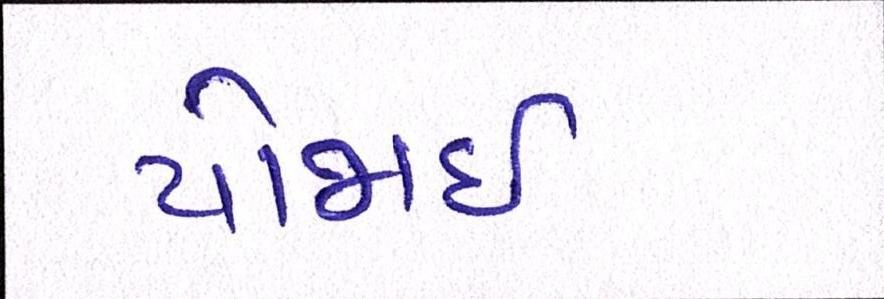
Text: યોજાઈ